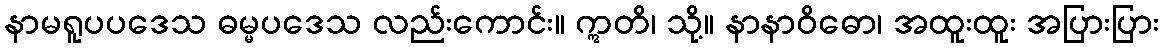
နာမရူပပဒေသ ဓမ္မပဒေသ လည်းကောင်း။ ဣတိ၊ သို့။ နာနာဝိဓော၊ အထူးထူး အပြားပြား